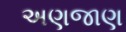
અણજાણ